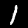
Digit: 1